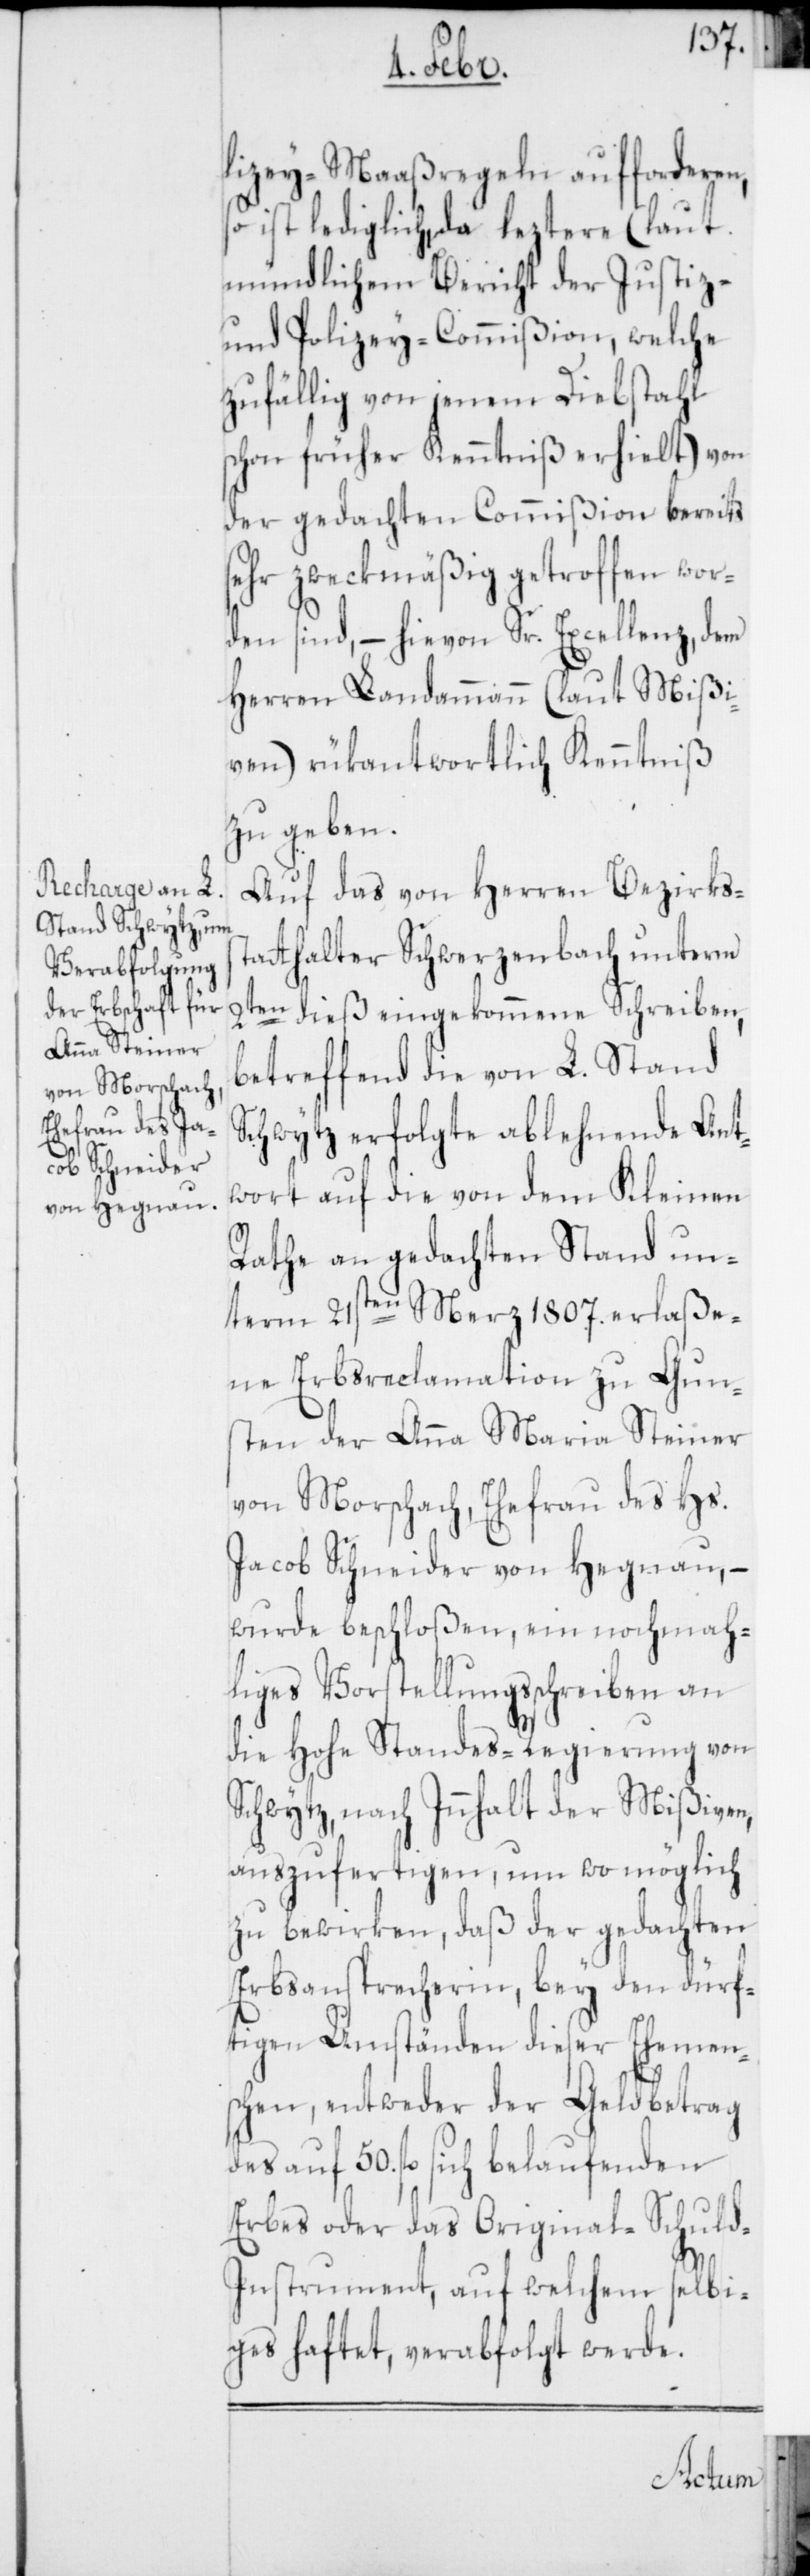
lizey-Maaßregeln aufforderen,
so ist lediglich, da leztere (laut
mündlichem Bericht der Justiz-
und Polizey-Commißion, welche
zufällig von jenem Diebstahl
schon früher Kenntniß erhielt), von
der gedachten Commißion bereits
sehr zweckmäßig getroffen wor¬
den sind, – hievon Sr. Excellenz, dem
Herren Landammann (laut Mißi¬
ven) rükantwortlich Kenntniß
zu geben.
Auf das von Herren Bezirkss¬
tatthalter Schwerzenbach unterm
2ten dieß eingekommene Schreiben,
betreffend die von L. Stand
Schwytz erfolgte ablehnende Ant¬
wort auf die von dem Kleinen
Rathe an gedachten Stand un¬
term 21sten Merz 1807. erlaße¬
ne Erbsreclamation zu Gun¬
sten der Anna Maria Steiner
von Morschach, Ehefrau des Hs.
Jacob Schneider von Hegnau, –
wurde beschloßen, ein nochmah¬
liges Vorstellungsschreiben an
die hohe Standes-Regierung von
Schwytz, nach Innhalt der Mißiven,
auszufertigen, um womöglich
zu bewirken, daß der gedachten
Erbsansprecherin, bey den dürf¬
tigen Umständen dieser Ehemen¬
schen, entweder der Geldbetrag
des auf 50. fl. sich belaufenden
Erbes oder das Original-Schuld¬
instrument, auf welchem selbi¬
ges haftet, verabfolgen werde.